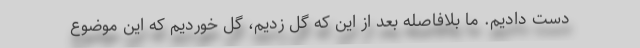
دست دادیم. ما بلافاصله بعد از این که گل زدیم، گل خوردیم که این موضوع